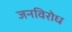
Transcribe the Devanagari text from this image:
जनविरोध